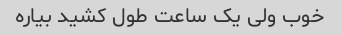
خوب ولی یک ساعت طول کشید بیاره